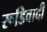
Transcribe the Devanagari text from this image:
रूडिवादी